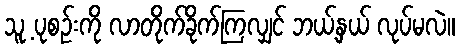
သူ့ ပုစဉ်းကို လာတိုက်ခိုက်ကြလျှင် ဘယ့်နှယ် လုပ်မလဲ။